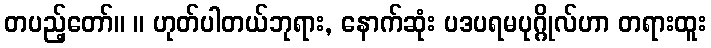
တပည့်တော်။ ။ ဟုတ်ပါတယ်ဘုရား, နောက်ဆုံး ပဒပရမပုဂ္ဂိုလ်ဟာ တရားထူး